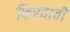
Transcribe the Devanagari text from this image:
फिरवावी